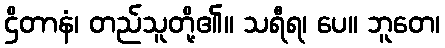
ဌိတာနံ၊ တည်သူတို့၏။ သရီရ၊ ပေ။ ဘူတေ၊